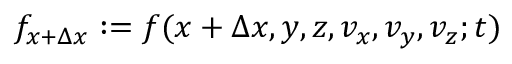
f _ { x + \Delta x } : = f ( x + \Delta x , y , z , v _ { x } , v _ { y } , v _ { z } ; t )